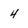
Character: 4